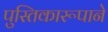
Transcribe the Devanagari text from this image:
पुस्तिकारूपाने